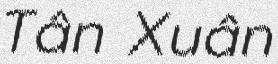
Tân Xuân